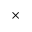
\times